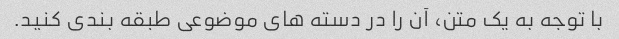
با توجه به یک متن، آن را در دسته های موضوعی طبقه بندی کنید.